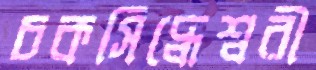
চকসিদ্ধেশ্বরী